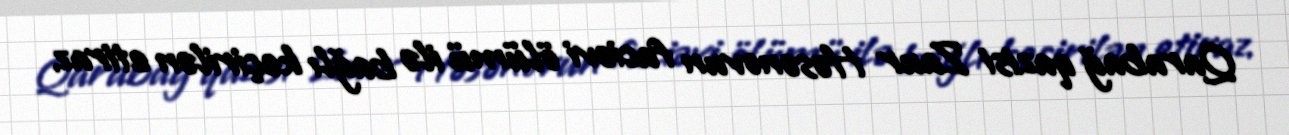
Qarabağ qazisi Zaur Həsənovun faciəvi ölümü ilə bağlı keçirilən etiraz